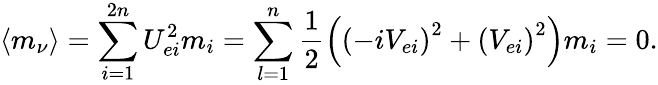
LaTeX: \left\langle m_{\nu}\right\rangle=\sum_{i=1}^{2n}U_{ei}^{2}m_{i}=\sum_{l=1}^{n}\frac 12\left(\left(-iV_{ei}\right)^{2}+\left(V_{ei}\right)^{2}\right)m_{i}=0.